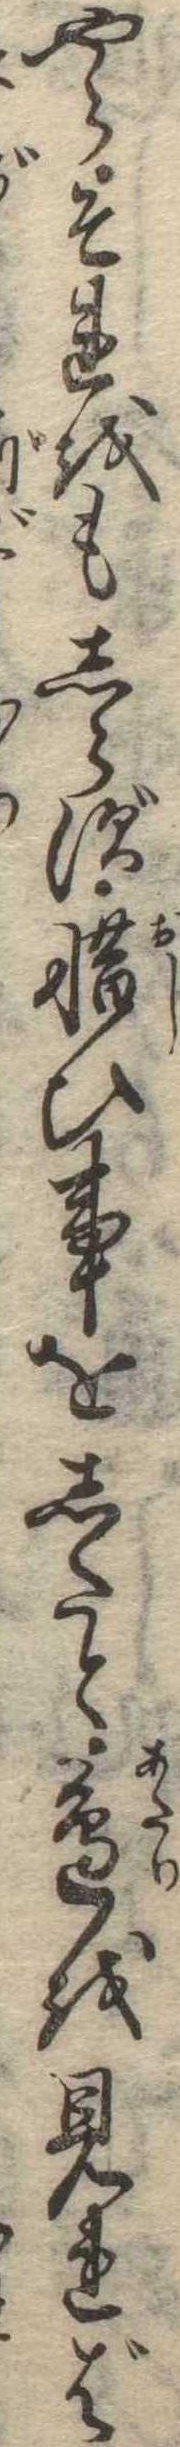
やらそれをもしらず惜ひ事をしたと辺を見れば